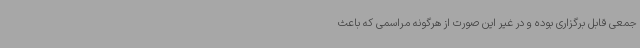
جمعی قابل برگزاری بوده و در غیر این صورت از هرگونه مراسمی که باعث